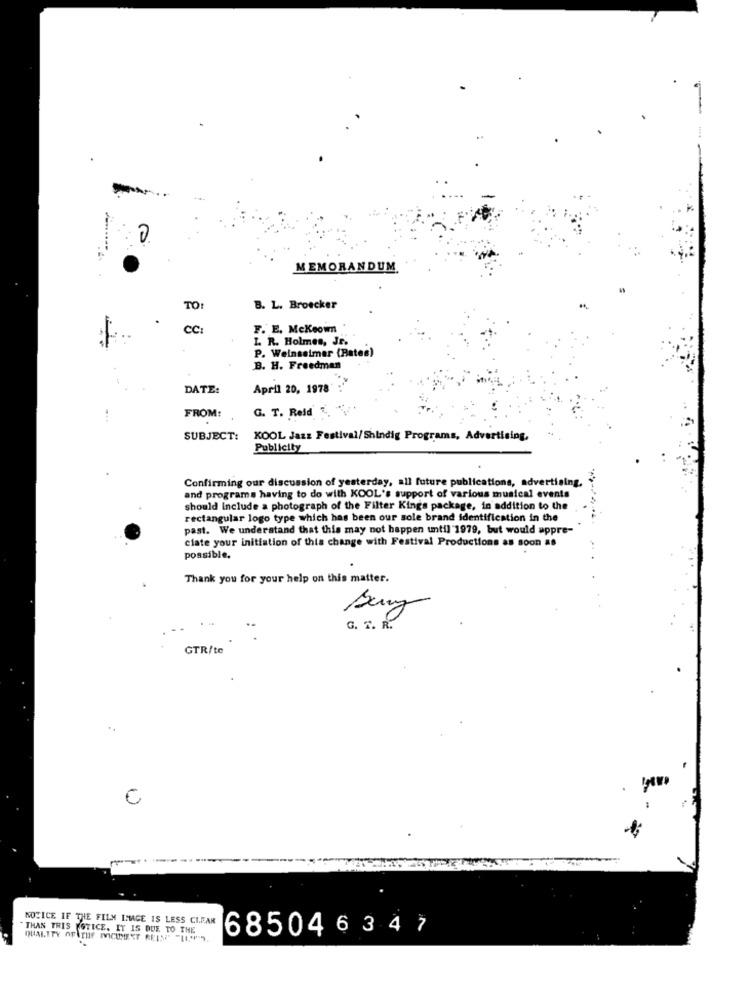
0
MEMORANDUM
TO:
B. L. Broecker
CC:
F. E. Mckeown
I. R. Holmes, Jr.
P. Weinseimer (Bates)
B. H. Freedman
DATE:
April 20, 1978'
G. T. Reid.
FROM:
SUBJECT:
KOOL Jazz Festival/Shindig Programs, Advertising,
Publicity
Confirming our discussion of yesterday, all future publications, advertising,
and programs having to do with KOOL's support of various musical events
should Include a photograph of the Filter Kings package, in addition to the
rectangular logo type which has been our sole brand identification in the
past. We understand that this may not happen until 1979, but would appre-
ciate your initiation of this change with Festival Productions as soon as
possible.
Thank you for your help on this matter.
G. T. R.
GTR/te
NOTICE IF THE FILM IMAGE IS LESS CLEAR
THAN THIS NOTICE. IT IS QUE TO THE
685046 347